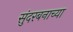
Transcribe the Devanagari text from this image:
सुंदरबनाच्या